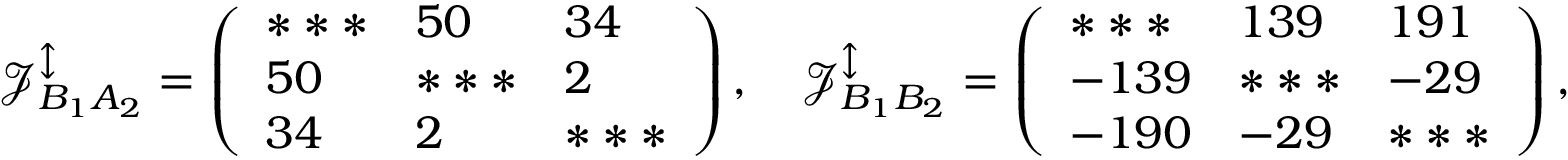
\mathcal { J } _ { B _ { 1 } A _ { 2 } } ^ { \updownarrow } = \left( \begin{array} { l l l } { * * * } & { 5 0 } & { 3 4 } \\ { 5 0 } & { * * * } & { 2 } \\ { 3 4 } & { 2 } & { * * * } \end{array} \right) , \quad \mathcal { J } _ { B _ { 1 } B _ { 2 } } ^ { \updownarrow } = \left( \begin{array} { l l l } { * * * } & { 1 3 9 } & { 1 9 1 } \\ { - 1 3 9 } & { * * * } & { - 2 9 } \\ { - 1 9 0 } & { - 2 9 } & { * * * } \end{array} \right) ,